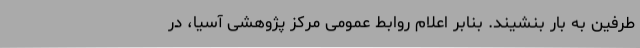
طرفین به بار بنشیند. بنابر اعلام روابط عمومی مرکز پژوهشی آسیا، در